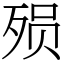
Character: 殒